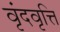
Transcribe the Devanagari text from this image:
वृंदवृत्ति